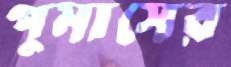
পুমাসের